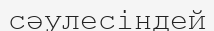
сәулесіндей